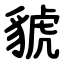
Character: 䝞